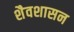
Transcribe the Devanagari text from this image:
शैवशासन